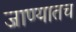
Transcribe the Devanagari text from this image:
जाण्यातच